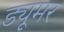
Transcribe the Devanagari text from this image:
ड्यूमर